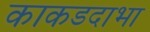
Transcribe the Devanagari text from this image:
काकडदाभा